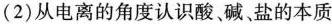
(2)从电离的角度认识酸。碱、盐的本质